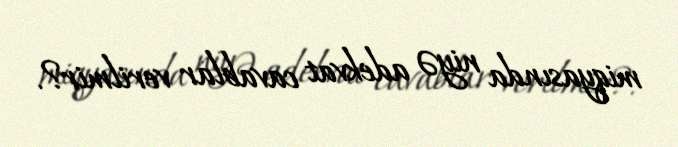
miqyasında niyə adekvat cavablar verilmir?.